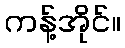
ကန့်အိုင်။